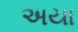
અયા